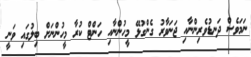
ނަމަވެސް ދަނޑުވެރިންނާއި ޖަނަވާރު ގެންގުޅޭ މީހުންނާއި ހަންޓް ކުރާ މީހުންނަށް ބިލުގައި ވަނީ